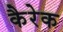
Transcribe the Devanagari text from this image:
कैरेक